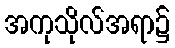
အကုသိုလ်အရာ၌